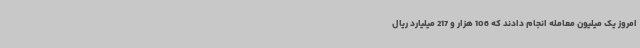
امروز یک میلیون معامله انجام دادند که 106 هزار و 217 میلیارد ریال